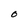
Character: 0